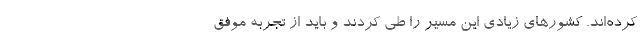
کرده‌اند. کشورهای زیادی این مسیر را طی کردند و باید از تجربه موفق